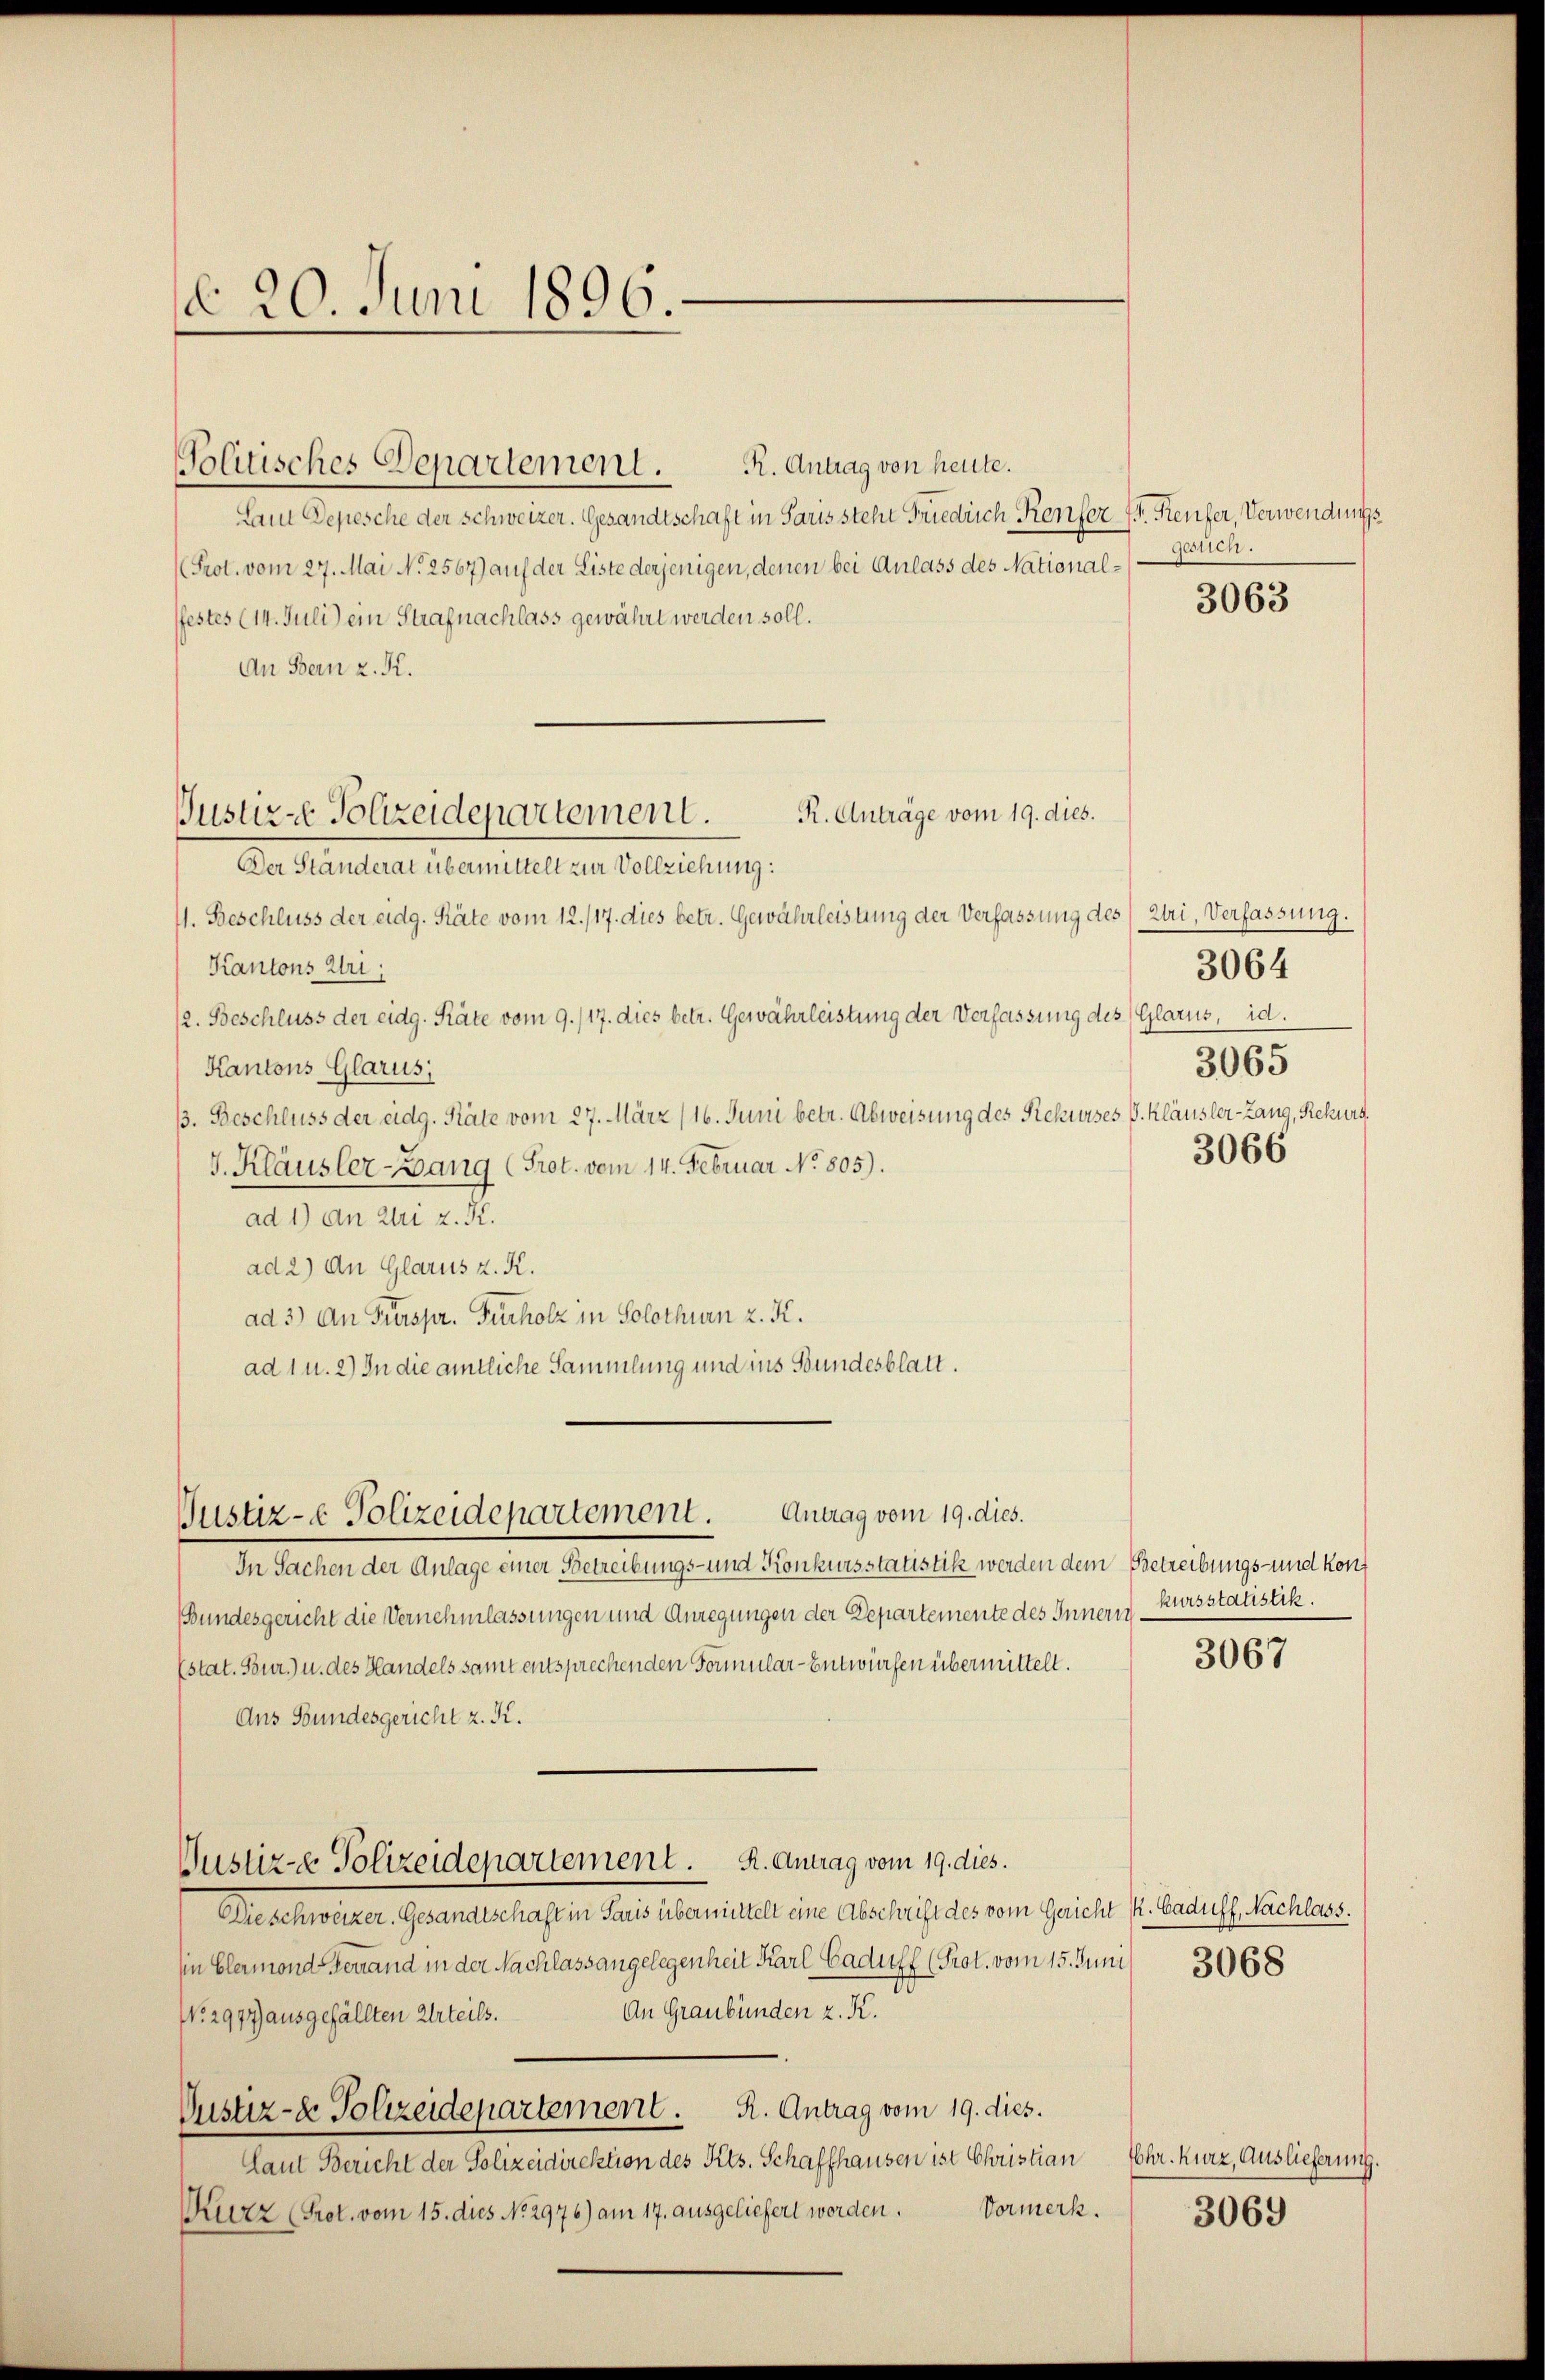
ddo 20. Juni 1896.

Laut Depesche der Schweizer. Gesandtschaft in Paris steht Friedrich Konfer fr. Reufer, Verwendungs¬
Prot. vom 27. Mai N. 2567) auf der Liste derjenigen, denen bei Anlass des Nationalfestes (14. Juli) ein Strafnachlass gewährt werden soll.
An Bern z. K.
R. Anträge vom 19. dies.
Puster - Polizeidepartement.
Der Ständerat übermittelt zur Vollziehung:
11. Beschluss der eidg. Räte vom 12./17. dies betr. Gewährleistung der Verfassung des Uri, Verfassung.
Kantons Uri:
/2. Beschluss der eidg. Räte vom 9./17. dies betr. Gewährleistung der Verfassung des (Glarus, id.
Kantons Glarus,
3. Beschluss der eidg. Räte vom 27. März (16. Juni betr. Abweisung des Rekurses V. Kläusler-Lang, Rekurs
J. Kläusler-Bang (Prot. vom 14. Februar No. 805).
ad 1) an Uri z. B.
ad 2) An Glarus z. K.
ad 3) An Fürspr. Furholz in Solothurn z. K.
ad 1 u. 2) In die amtliche Sammlung und ins Bundesblatt.

Justiz- & Polizeidepartement. Antrag vom 19. dies.

Politisches Departement. R. Antrag von heute.

Justiz- & Polizeidepartement. K. Antrag vom 19. dies.

gesten.

3063

3065
3066

In Sachen der Anlage einer Betreibungs- und Konkursstatistik werden dem Betreibungs- und kon¬
Bundesgericht die Vernehmlassungen und Anregungen der Departemente des Innern Kursstatistik.
Estat. Sour.) u. des Handels samt entsprechenden Formular-Entwürfen übermittelt.
Ans Bundesgericht z. K.
Dieschweizer. Gesandtschaft in Paris übermittelt eine Abschrift des vom Gericht k. Gaduff, Nachlass.
(in Elermond genand in der Nachlass angelegenheit Karl Caduff (Prot. vom 15. Juni 3068
An Graubünden z. K.
No. 2977) ausgefällten Urteils.
Justiz- & Polizeidepartement. R. Antrag vom 19. dies
Laut Bericht der Polizeidirektion des Kts. Schaffhausen ist Christian
Vormerk.
Kurz (Prot. vom 15. dies No. 2976) am 17. ausgeliefert worden.

3064

3067

Ehr. Kurz, Auslieferung.
3069